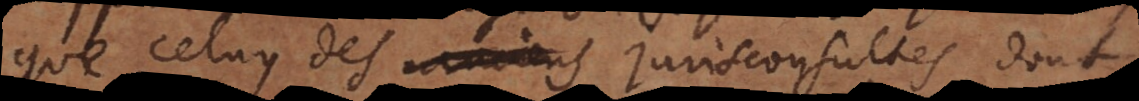
que celuy des anciens Jurisconsultes, dont